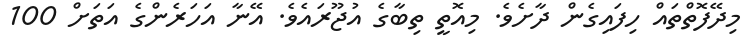
މިދޭފޮތްތައް ހިފައިގެން ދާށެވެ. މިއޮތީ ތިބާގެ އުޖޫރައެވެ. އޭނާ އަހަރެންގެ އަތަށް 100